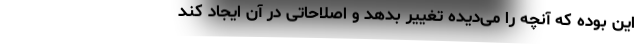
این بوده که آنچه را می‌دیده تغییر بدهد و اصلاحاتی در آن ایجاد کند